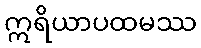
ဣရိယာပထမဿ